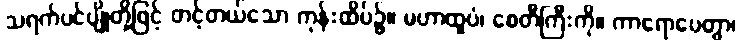
သရက်ပင်ပျိုတို့ဖြင့် တင့်တယ်သော ကုန်းထိပ်၌။ မဟာထူပံ၊ စေတီကြီးကို။ ကာရောပေတွာ၊